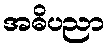
အဓိပညာ